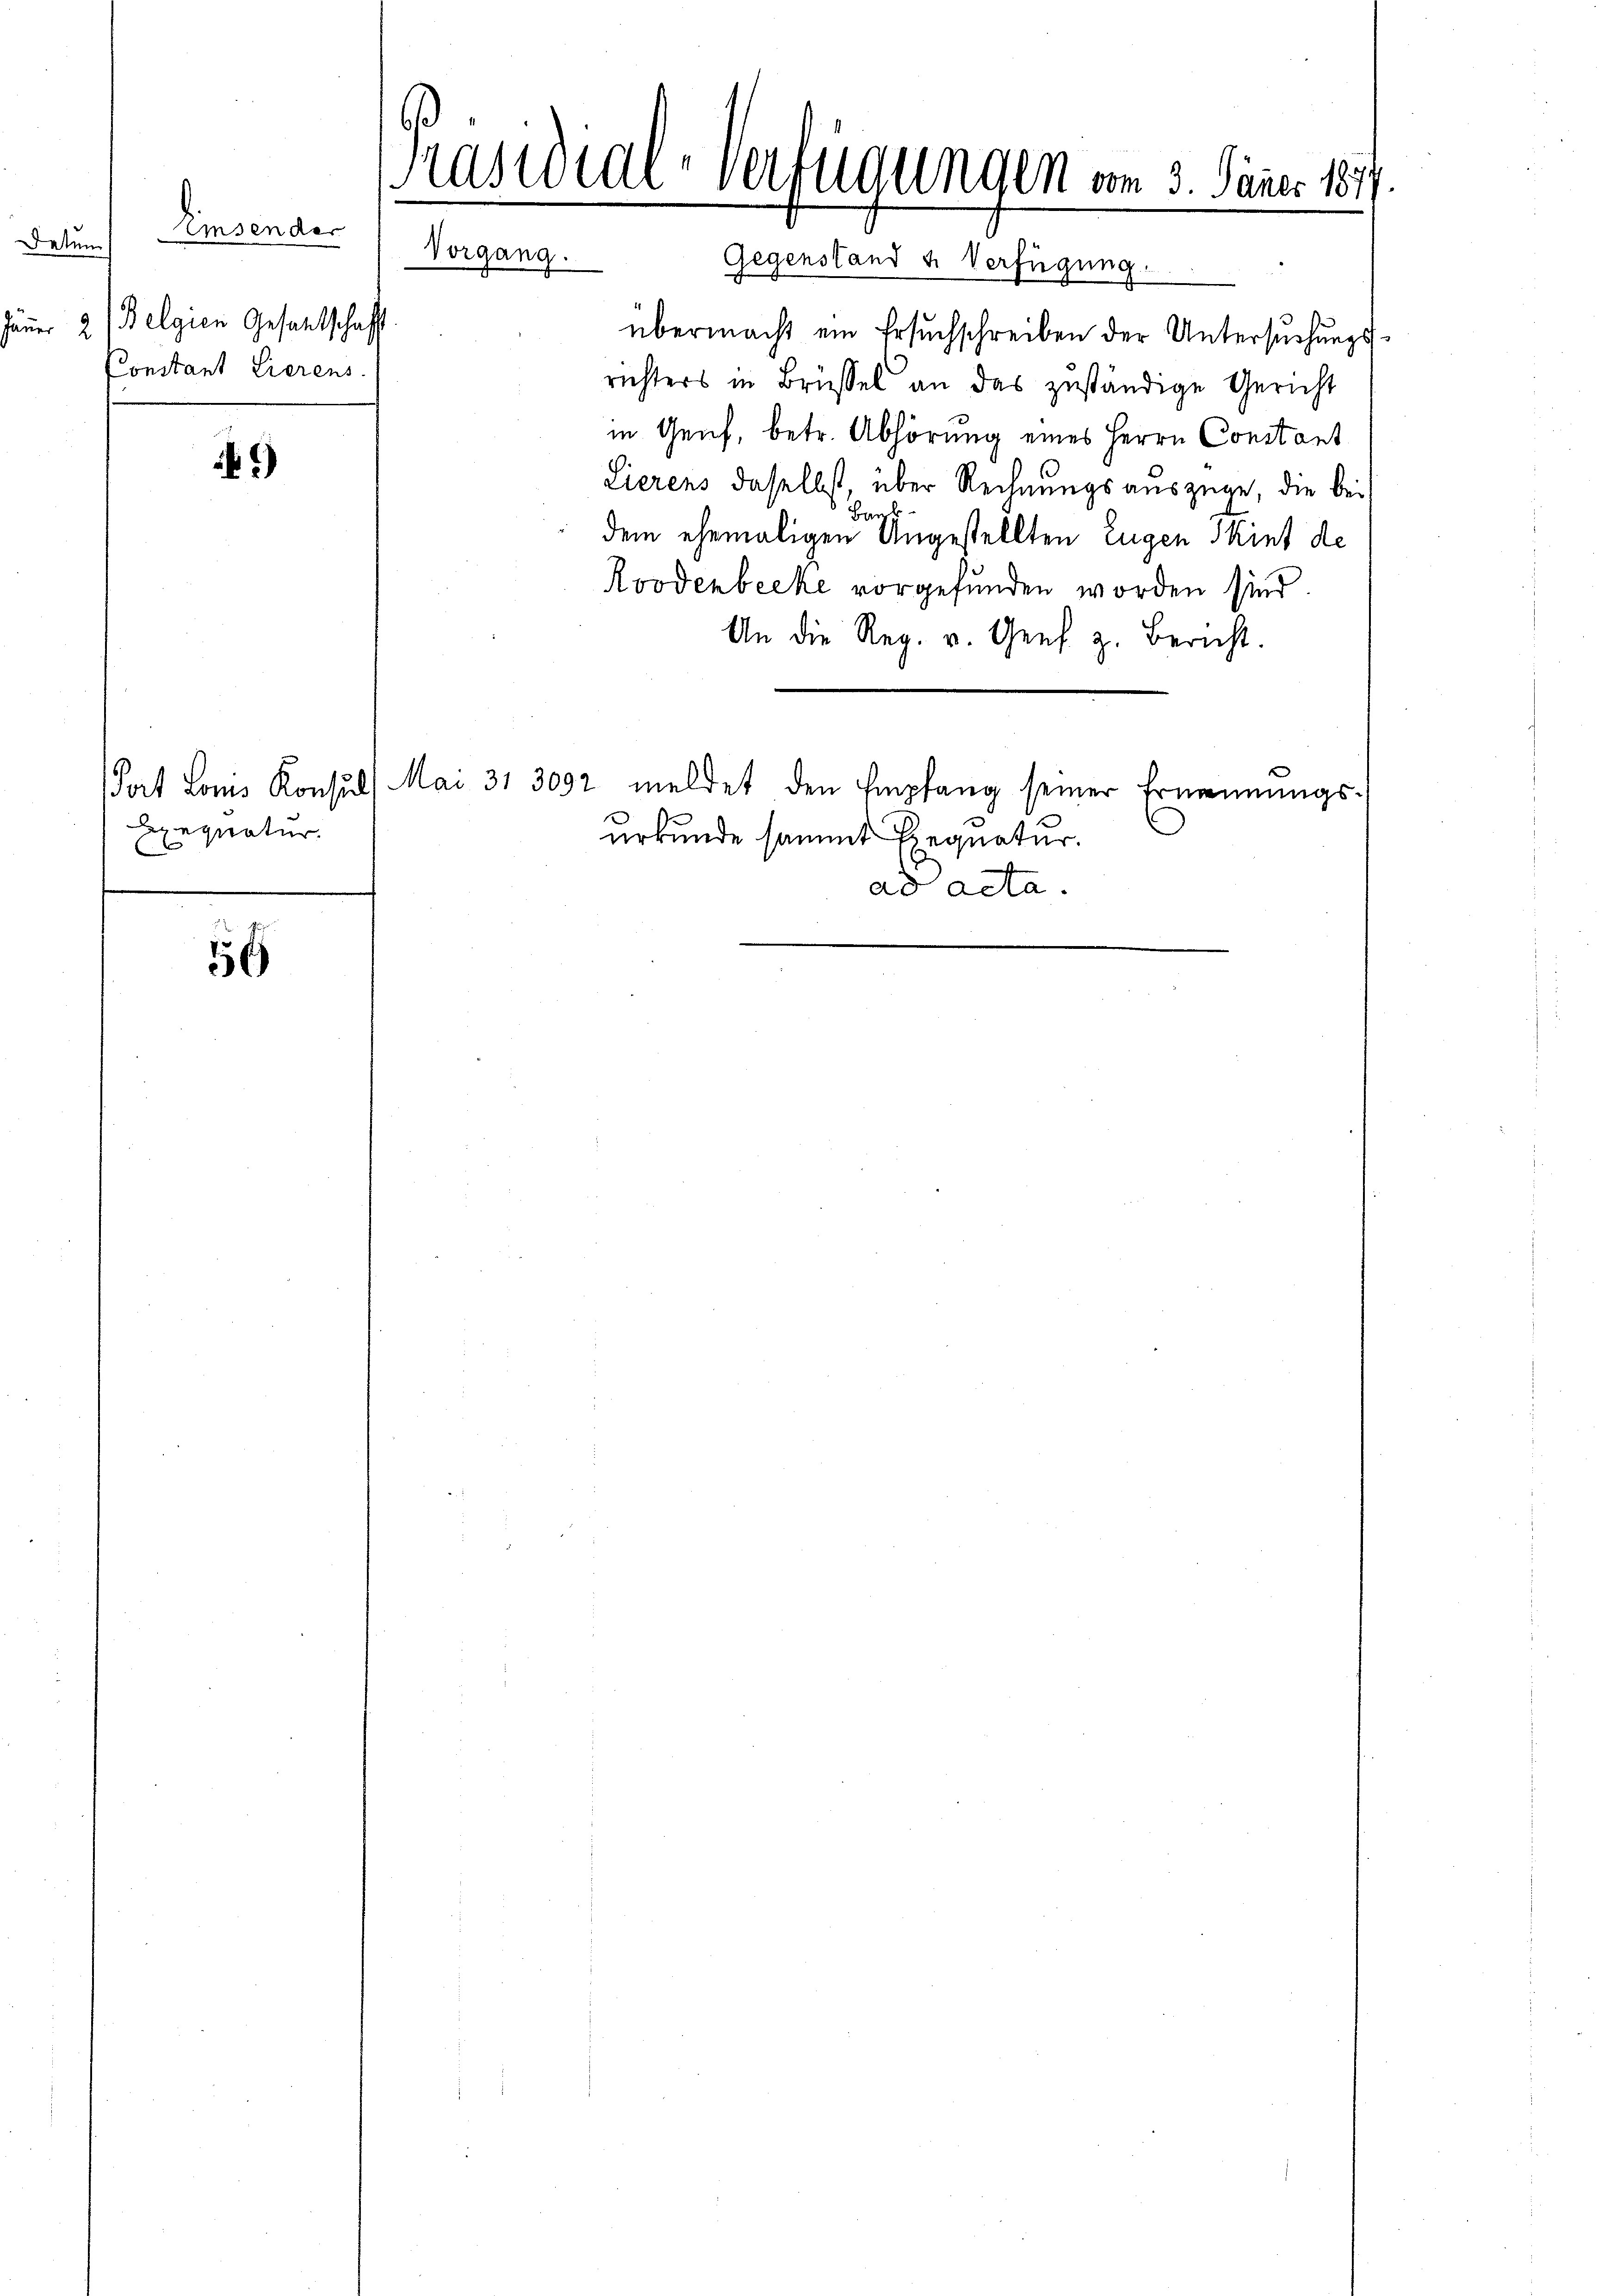
)

Exequatur.

556

Einsender Vorgang.
Deten
ener 2) Belgien Gesantschafft.
Constant Tierens.

Präsidial-Verfügungen vom 3. Jäner 1877.

Gegenstand u. Verfügung.
übermacht ein Ersuchschreiben der Untersuchungsrichters in Brüssel an das zuständige Gericht
in Genf, betr. Abhörung eines Herrn Constant
Lierens daselbst, über Rechnungsauszüge, die bei
Baul
dem ehemaligen Angestellten Eugen Skint de
Koodenbecke vorgefunden worden sind.
An die Reg. v. Genf z. Bericht.
Pat Louis Konsuls Mai 31 3092 meldet den Empfang seiner Ernennungs-
urkunde sammt Exequatur.
ad acta.